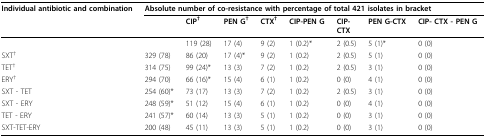
<table><thead><tr><td><b>Individual antibiotic and combination</b></td><td colspan="8"><b>Absolute number of co-resistance with percentage of total 421 isolates in bracket</b></td></tr><tr><td></td><td></td><td><b>CIP<sup>†</sup></b></td><td><b>PEN G<sup>†</sup></b></td><td><b>CTX<sup>†</sup></b></td><td><b>CIP-PEN G</b></td><td><b>CIP-CTX</b></td><td><b>PEN G-CTX</b></td><td><b>CIP- CTX - PEN G</b></td></tr></thead><tbody><tr><td></td><td></td><td>119 (28)</td><td>17 (4)</td><td>9 (2)</td><td>1 (0.2)*</td><td>2 (0.5)</td><td>5 (1)*</td><td>0 (0)</td></tr><tr><td>SXT<sup>†</sup></td><td>329 (78)</td><td>86 (20)</td><td>17 (4)*</td><td>9 (2)</td><td>1 (0.2)</td><td>2 (0.5)</td><td>5 (1)</td><td>0 (0)</td></tr><tr><td>TET<sup>†</sup></td><td>314 (75)</td><td>99 (24)*</td><td>13 (3)</td><td>7 (2)</td><td>1 (0.2)</td><td>2 (0.5)</td><td>3 (1)</td><td>0 (0)</td></tr><tr><td>ERY<sup>†</sup></td><td>294 (70)</td><td>66 (16)*</td><td>15 (4)</td><td>6 (1)</td><td>1 (0.2)</td><td>0 (0)</td><td>4 (1)</td><td>0 (0)</td></tr><tr><td>SXT - TET</td><td>254 (60)*</td><td>73 (17)</td><td>13 (3)</td><td>7 (2)</td><td>1 (0.2)</td><td>2 (0.5)</td><td>3 (1)</td><td>0 (0)</td></tr><tr><td>SXT - ERY</td><td>248 (59)*</td><td>51 (12)</td><td>15 (4)</td><td>6 (1)</td><td>1 (0.2)</td><td>0 (0)</td><td>4 (1)</td><td>0 (0)</td></tr><tr><td>TET - ERY</td><td>241 (57)*</td><td>60 (14)</td><td>13 (3)</td><td>5 (1)</td><td>1 (0.2)</td><td>0 (0)</td><td>3 (1)</td><td>0 (0)</td></tr><tr><td>SXT-TET-ERY</td><td>200 (48)</td><td>45 (11)</td><td>13 (3)</td><td>5 (1)</td><td>1 (0.2)</td><td>0 (0)</td><td>3 (1)</td><td>0 (0)</td></tr></tbody></table>